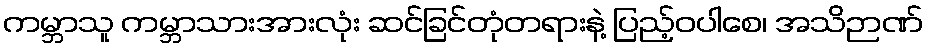
ကမ္ဘာသူ ကမ္ဘာသားအားလုံး ဆင်ခြင်တုံတရားနဲ့ ပြည့်ဝပါစေ၊ အသိဉာဏ်